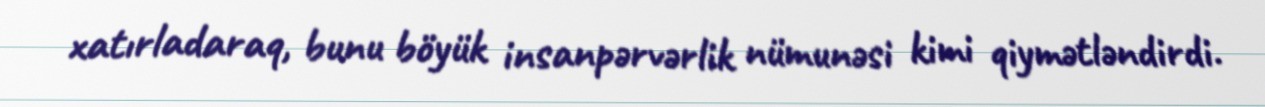
xatırladaraq, bunu böyük insanpərvərlik nümunəsi kimi qiymətləndirdi.